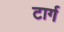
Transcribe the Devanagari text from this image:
टार्ग